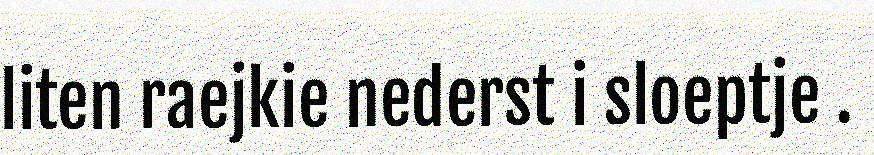
liten raejkie nederst i sloeptje .